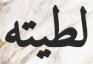
لطيته